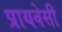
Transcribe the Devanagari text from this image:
प्रायवेसी